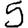
Digit: 5